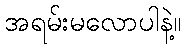
အရမ်းမလောပါနဲ့။